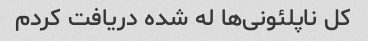
کل ناپلئونی‌ها له شده دریافت کردم